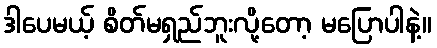
ဒါပေမယ့် စိတ်မရှည်ဘူးလို့တော့ မပြောပါနဲ့။